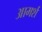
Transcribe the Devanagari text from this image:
आमर्श